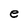
Character: e